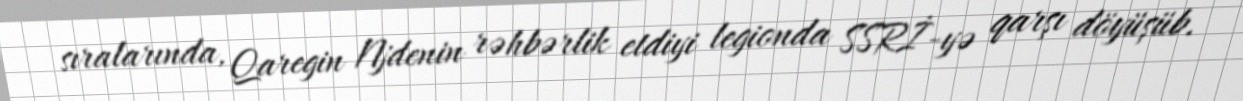
sıralarında, Qaregin Njdenin rəhbərlik etdiyi legionda SSRİ-yə qarşı döyüşüb.